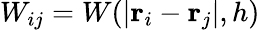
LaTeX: W_{ij}=W(|\boldsymbol{\mathbf{r}}_{i}-\boldsymbol{\mathbf{r}}_{j}|,h)